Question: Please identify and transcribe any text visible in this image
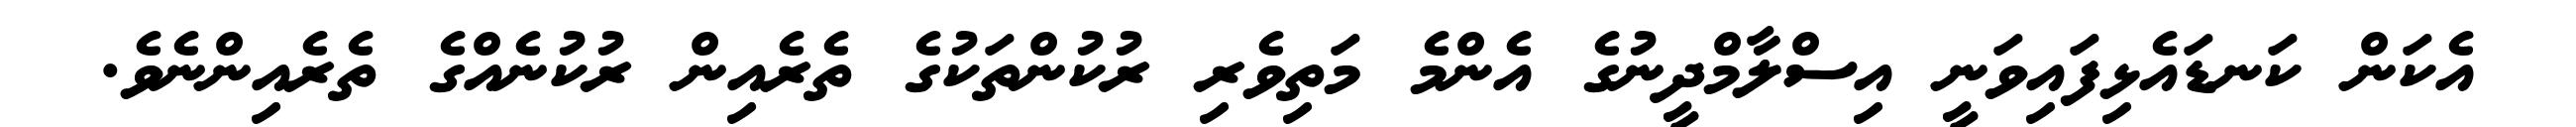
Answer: އެކަން ކަނޑައެޅިފައިވަނީ އިސްލާމްދީނުގެ އެންމެ މަތިވެރި ރުކުންތަކުގެ ތެރެއިން ރުކުނެއްގެ ތެރެއިންނެވެ.